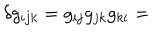
\delta { } g _ { i j k } = g _ { i j } g _ { j k } g _ { k i } =